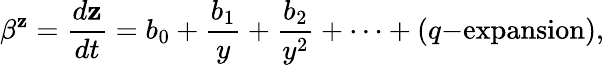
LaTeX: \beta^{\mathbf{z}}=\frac{{d\mathbf{z}}}{{dt}}=b_{0}+\frac{{b_{1}}}{{y}}+\frac{{b_{2}}}{{y^{2}}}+\dots+(q\mathrm{{-expansion}}),